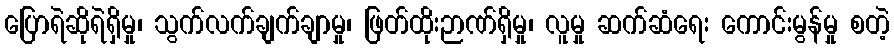
ပြောရဲဆိုရဲရှိမှု၊ သွက်လက်ချက်ချာမှု၊ ဖြတ်ထိုးဉာဏ်ရှိမှု၊ လူမှု ဆက်ဆံရေး ကောင်းမွန်မှု စတဲ့